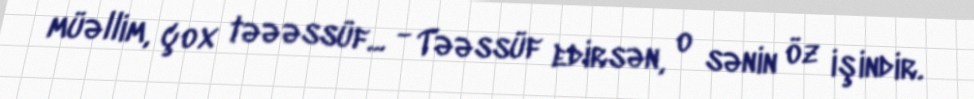
müəllim, çox təəəssüf... - Təəssüf edirsən, o sənin öz işindir.